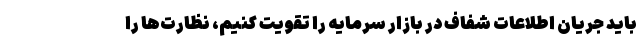
باید جریان اطلاعات شفاف در بازار سرمایه را تقویت کنیم، نظارت‌ها را